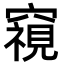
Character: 𮄚